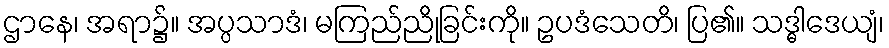
ဌာနေ၊ အရာ၌။ အပ္ပသာဒံ၊ မကြည်ညိုခြင်းကို။ ဥပဒံသေတိ၊ ပြ၏။ သဒ္ဓါဒေယျံ၊